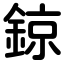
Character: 鍄